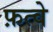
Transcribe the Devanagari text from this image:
फ़त्वे